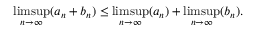
\operatorname* { l i m s u p } _ { n \to \infty } ( a _ { n } + b _ { n } ) \leq \operatorname* { l i m s u p } _ { n \to \infty } ( a _ { n } ) + \operatorname* { l i m s u p } _ { n \to \infty } ( b _ { n } ) .